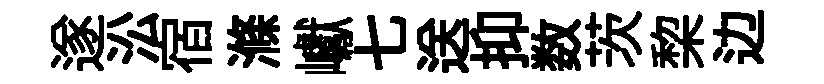
遂㳂宿滌巘七送抑数茨棃边